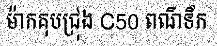
ម៉ាកគុបជ្រុង C50 ពណ៌ទឹក